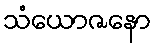
သံယောဇနော